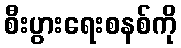
စီးပွားရေးစနစ်ကို